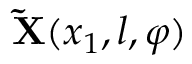
{ \bf \tilde { X } } ( x _ { 1 } , l , \varphi )